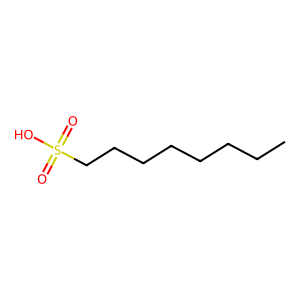
SMILES: CCCCCCCCS(=O)(=O)O
Inhibits HIV replication: No